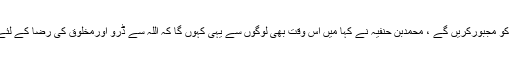
وہ کہنے لگے پھر ہم آپ کو مجبورکریں گے ، محمدبن حنفیہ نے کہا میں اس وقت بھی لوگوں سے یہی کہوں گا کہ اللہ سے ڈرو اورمخلوق کی رضا کے لئے خالق کوناراض نہ کرو۔